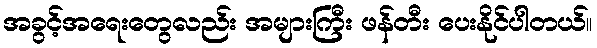
အခွင့်အရေးတွေလည်း အများကြီး ဖန်တီး ပေးနိုင်ပါတယ်။